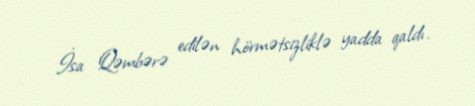
İsa Qəmbərə edilən hörmətsizliklə yadda qaldı.